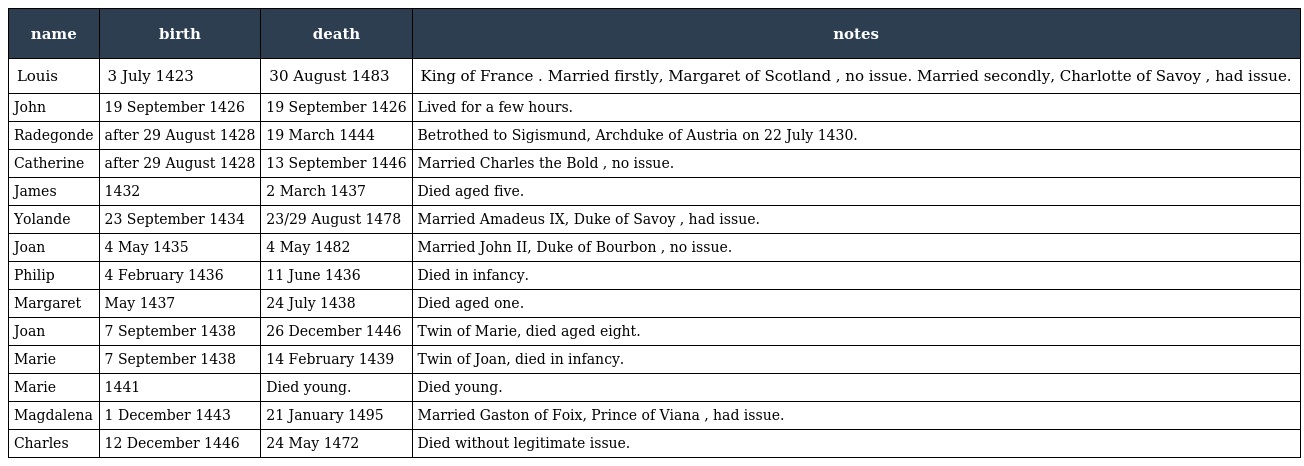
| name | birth | death | notes |
 | --- | --- | --- | --- |
 | Louis | 3 July 1423 | 30 August 1483 | King of France . Married firstly, Margaret of Scotland , no issue. Married secondly, Charlotte of Savoy , had issue. |
 | John | 19 September 1426 | 19 September 1426 | Lived for a few hours. |
 | Radegonde | after 29 August 1428 | 19 March 1444 | Betrothed to Sigismund, Archduke of Austria on 22 July 1430. |
 | Catherine | after 29 August 1428 | 13 September 1446 | Married Charles the Bold , no issue. |
 | James | 1432 | 2 March 1437 | Died aged five. |
 | Yolande | 23 September 1434 | 23/29 August 1478 | Married Amadeus IX, Duke of Savoy , had issue. |
 | Joan | 4 May 1435 | 4 May 1482 | Married John II, Duke of Bourbon , no issue. |
 | Philip | 4 February 1436 | 11 June 1436 | Died in infancy. |
 | Margaret | May 1437 | 24 July 1438 | Died aged one. |
 | Joan | 7 September 1438 | 26 December 1446 | Twin of Marie, died aged eight. |
 | Marie | 7 September 1438 | 14 February 1439 | Twin of Joan, died in infancy. |
 | Marie | 1441 | Died young. | Died young. |
 | Magdalena | 1 December 1443 | 21 January 1495 | Married Gaston of Foix, Prince of Viana , had issue. |
 | Charles | 12 December 1446 | 24 May 1472 | Died without legitimate issue. |